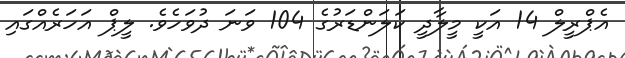
އެޕްރީލް 14 އަކީ މީލާދީ ކަލަންޑަރުގެ 104 ވަނަ ދުވަހެވެ. ލީޕް އަހަރެއްގައި